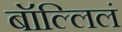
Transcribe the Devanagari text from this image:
बॉल्लिलं